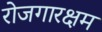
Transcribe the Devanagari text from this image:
रोजगारक्षम